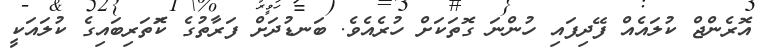
އޮރެންޖް ކުލައެއް ފޭދިފައި ހުންނަ ގޮތަކަށް ހުރެއެވެ. ބަނޑުދަށް ފަރާތުގެ ކޮަތަރިބައިގެ ކުލައަކީ